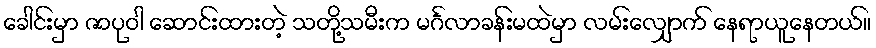
ခေါင်းမှာ ဇာပုဝါ ဆောင်းထားတဲ့ သတို့သမီးက မင်္ဂလာခန်းမထဲမှာ လမ်းလျှောက် နေရာယူနေတယ်။